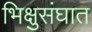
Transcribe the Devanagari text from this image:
भिक्षुसंघात